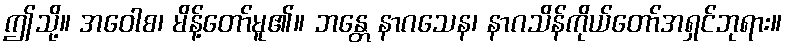
ဤသို့။ အဝေါစ၊ မိန့်တော်မူ၏။ ဘန္တေ နာဂသေန၊ နာဂသိန်ကိုယ်တော်အရှင်ဘုရား။